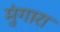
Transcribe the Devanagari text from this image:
मुंगारा